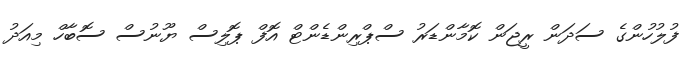
ފުލުހުންގެ ސަދަން ރީޖަން ކޮމާންޑަރު ސްޕްރިންޑެންޓް އޮފް ޕޮލިސް ޔޫނުސް ސޮބާހް މިއަދު